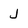
Character: j